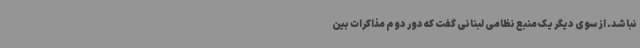
نباشد. از سوی دیگر یک منبع نظامی لبنانی گفت که دور دوم مذاکرات بین